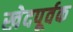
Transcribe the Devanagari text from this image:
खेदपूर्वक